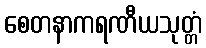
စေတနာကရဏီယသုတ္တံ